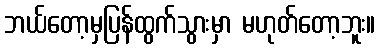
ဘယ်တော့မှပြန်ထွက်သွားမှာ မဟုတ်တော့ဘူး။